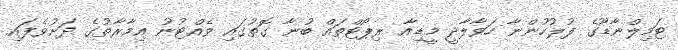
ޓަމިލްނާޑޫގެ ފުލުހުންނާ ހަވާލާދީ މީޑިއާ ރިޕޯޓްތައް ބުނާ ގޮތުގައި ވެއްޓުނު އިމާރާތުގެ ދަށުވެފައި